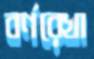
বর্ণরেখা